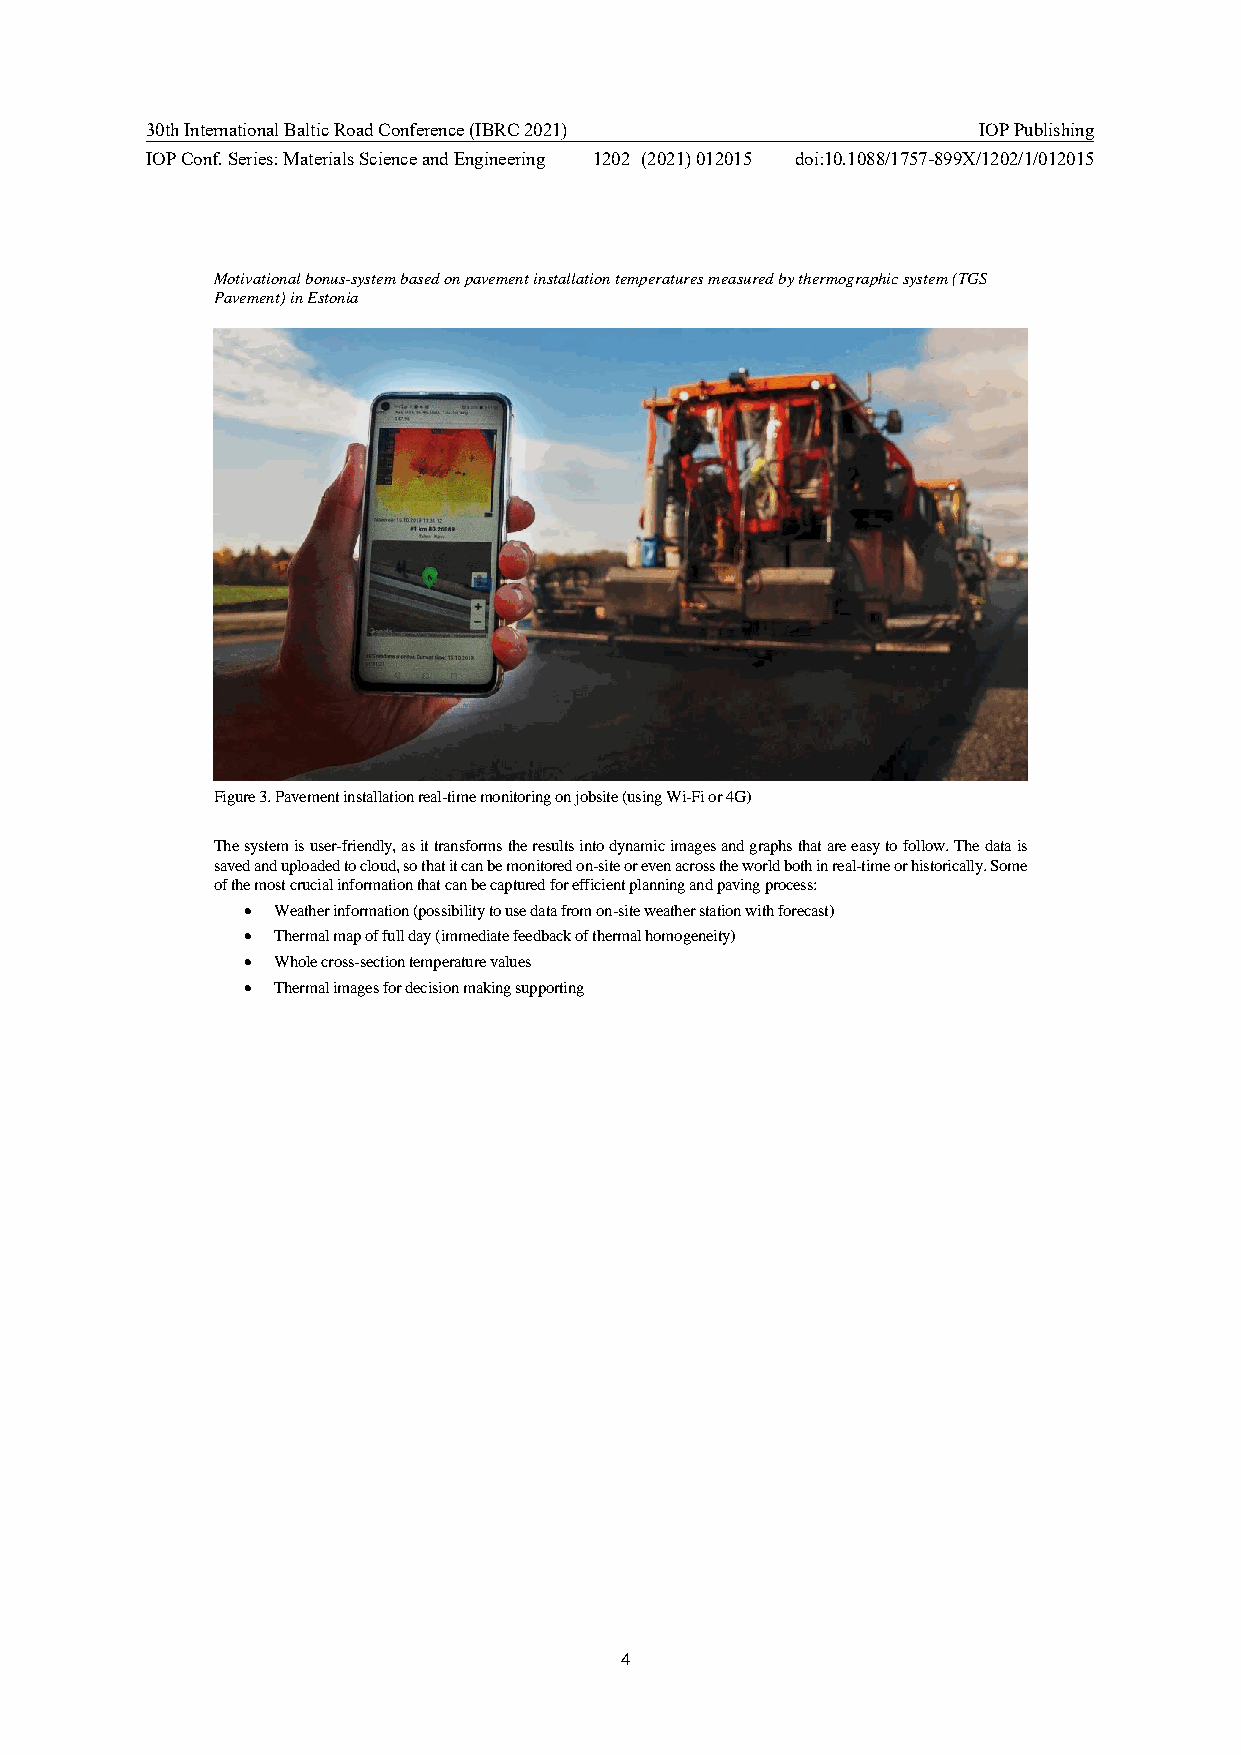
30th International Baltic Road Conference (IBRC 2021)  IOP Publishing
 IOP Conf. Series: Materials Science and Engineering 1202 (2021) 012015 doi:10.1088/1757-899X/1202/1/012015
 Motivational bonus-system based on pavement installation temperatures measured by thermographic system (TGS
 Pavement) in Estonia
 Figure 3. Pavement installation real-time monitoring on jobsite (using Wi-Fi or 4G)
 The system is user-friendly, as it transforms the results into dynamic images and graphs that are easy to follow. The data is
 saved and uploaded to cloud, so that it can be monitored on-site or even across the world both in real-time or historically. Some
 of the most crucial information that can be captured for efficient planning and paving process:
 • Weather information (possibility to use data from on-site weather station with forecast)
 • Thermal map of full day (immediate feedback of thermal homogeneity)
 • Whole cross-section temperature values
 • Thermal images for decision making supporting
 4